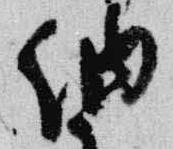
納